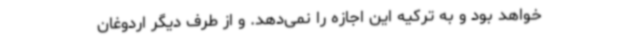
خواهد بود و به ترکیه این اجازه را نمی‌دهد. و از طرف دیگر اردوغان